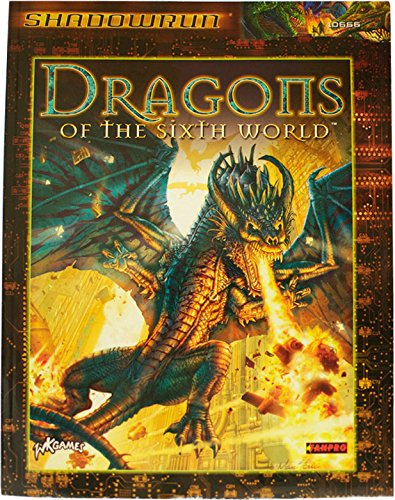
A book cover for Dragons of the Sixth World (Shadowrun); FanPro; Science Fiction & Fantasy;